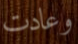
وعادت